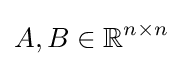
A,B\in \mathbb {R} ^{n\times n}